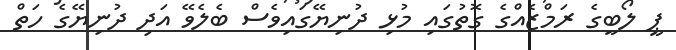
ޕީ ލޯބީގެ ރަމްޒެއްގެ ގޮތުގައި މުޅި ދުނިޔޭގައިވެސް ބެލެވޭ އަދި ދުނިޔޭގެ ހަތް